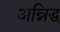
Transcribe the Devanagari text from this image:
अन्निद्ध